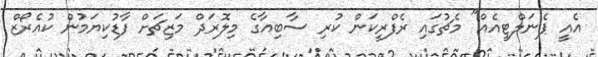
އެއީ ޕެނަލްޓީއެއް" މެޗުގައި ރެފްރީކަން ކުރި ސާބިއާގެ މިލޮރަދް މަޒިޗަށް ފާޑުކިޔަމުން ކުއެރޯޒް